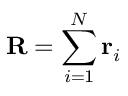
\mathbf { R } = \sum _ { i = 1 } ^ { N } \mathbf { r } _ { i }